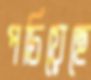
পচিয়েছে